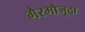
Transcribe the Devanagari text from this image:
गैरमौजूदा